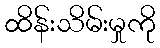
ထိန်းသိမ်းမှုကို